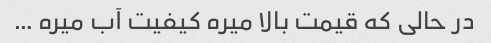
در حالی که قیمت بالا میره کیفیت آب میره …